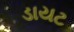
ડાયટ